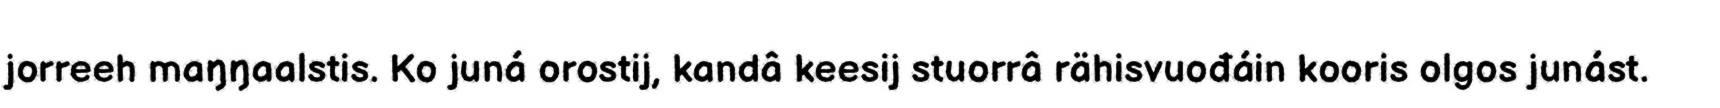
jorreeh maŋŋaalstis. Ko juná orostij, kandâ keesij stuorrâ rähisvuođáin kooris olgos junást.